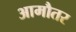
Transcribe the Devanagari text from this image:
आमौतर